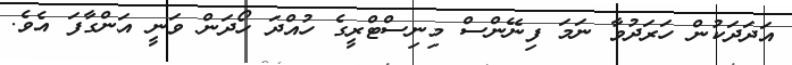
އަދަދަކުން ހަރަދުވާ ނަމަ ފިނޭންސް މިނިސްޓްރީގެ ހުއްދަ ހޯދަން ވަނީ އަންގާފަ އެވެ.